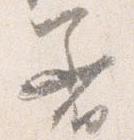
着